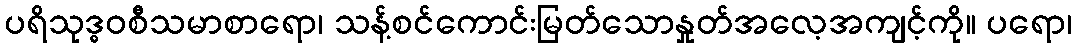
ပရိသုဒ္ဓဝစီသမာစာရော၊ သန့်စင်ကောင်းမြတ်သောနှုတ်အလေ့အကျင့်ကို။ ပရော၊